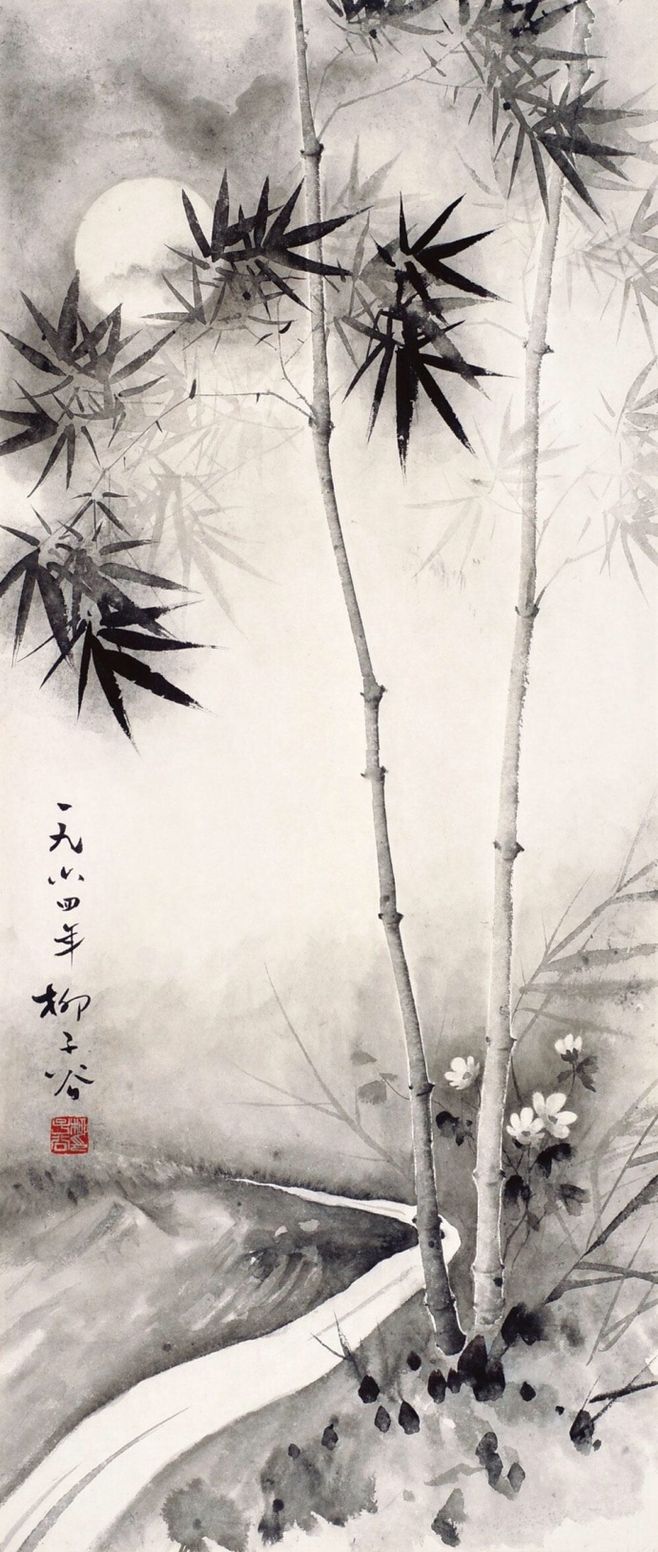
竹深树密虫鸣处，时有微凉不是风。